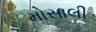
મોસાલી